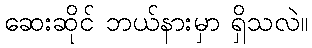
ဆေးဆိုင် ဘယ်နားမှာ ရှိသလဲ။